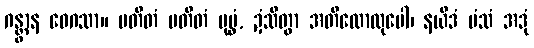
ဂန္တွာန ဝေဂသာ။ ပတိတံ ပတိတံ ပုပ္ဖံ, ဍံသိတွာ အတိလောလုပေါ၊ နယိဒံ မံသံ အဒုံ